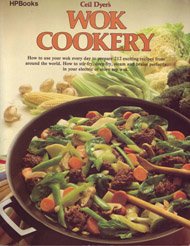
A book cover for Wok Cookery : How to Use Your Wok Every Day to Stir-fry, Deep-fry, Steam, and Braise; Ceil Dyer; Cookbooks, Food & Wine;